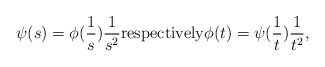
\begin{align*}\psi(s) = \phi(\frac{1}s)\frac{1}{s^2} \mbox{respectively} \phi(t) = \psi(\frac{1}t)\frac{1}{t^2},\end{align*}